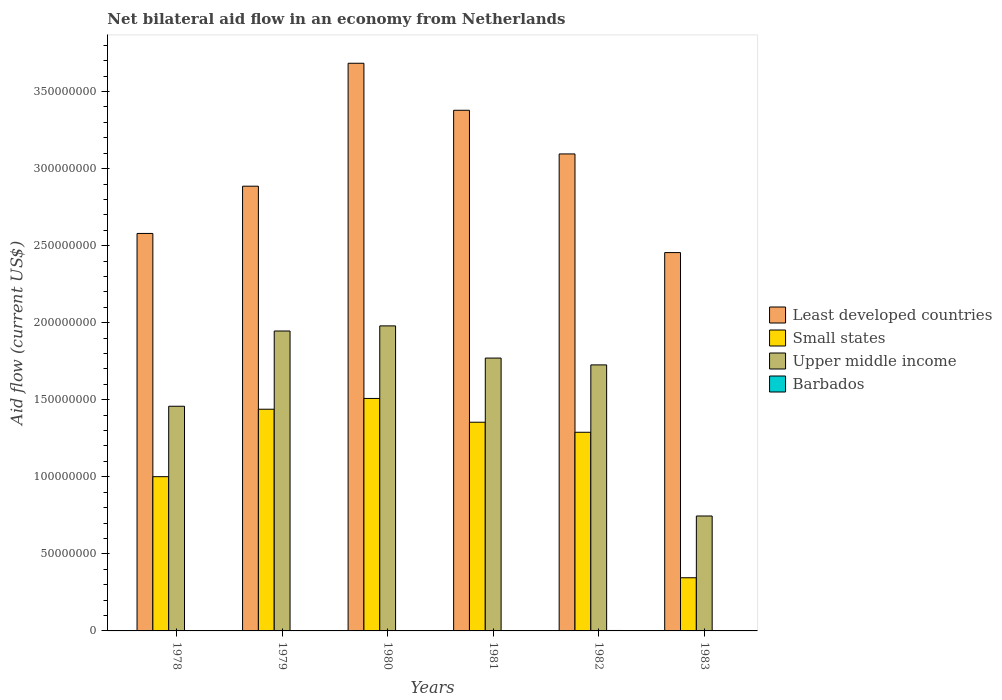
| Years | Least developed countries | Small states | Upper middle income | Barbados |
 | --- | --- | --- | --- | --- |
 | 1978 | 2.58e+08 | 1e+08 | 1.46e+08 | 7e+04 |
 | 1979 | 2.89e+08 | 1.44e+08 | 1.95e+08 | 4e+04 |
 | 1980 | 3.68e+08 | 1.51e+08 | 1.98e+08 | 1.1e+05 |
 | 1981 | 3.38e+08 | 1.35e+08 | 1.77e+08 | 2e+04 |
 | 1982 | 3.1e+08 | 1.29e+08 | 1.73e+08 | 2.9e+05 |
 | 1983 | 2.46e+08 | 3.45e+07 | 7.46e+07 | 1.6e+05 |